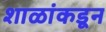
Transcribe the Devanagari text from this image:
शाळांकडून